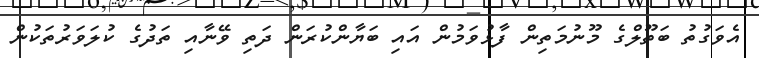
އެވަގުތު ބަތޫލްގެ މޫނުމަތިން ފާޅުވަމުން އައި ބަޔާންކުރަން ދަތި ވޭނާއި ތަދުގެ ކުލަވަރުތަކުން